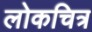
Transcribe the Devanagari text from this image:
लोकचित्र